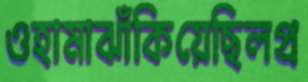
ওহামাঝাঁকিয়েছিলপ্র